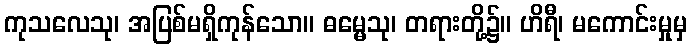
ကုသလေသု၊ အပြစ်မရှိကုန်သော။ ဓမ္မေသု၊ တရားတို့၌။ ဟိရီ၊ မကောင်းမှုမှ